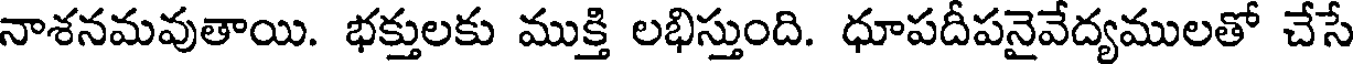
నాశనమవుతాయి. భక్తులకు ముక్తి లభిస్తుంది. ధూపదీపనైవేద్యములతో చేసే